EELK_Reigi_kogudus, lk 3
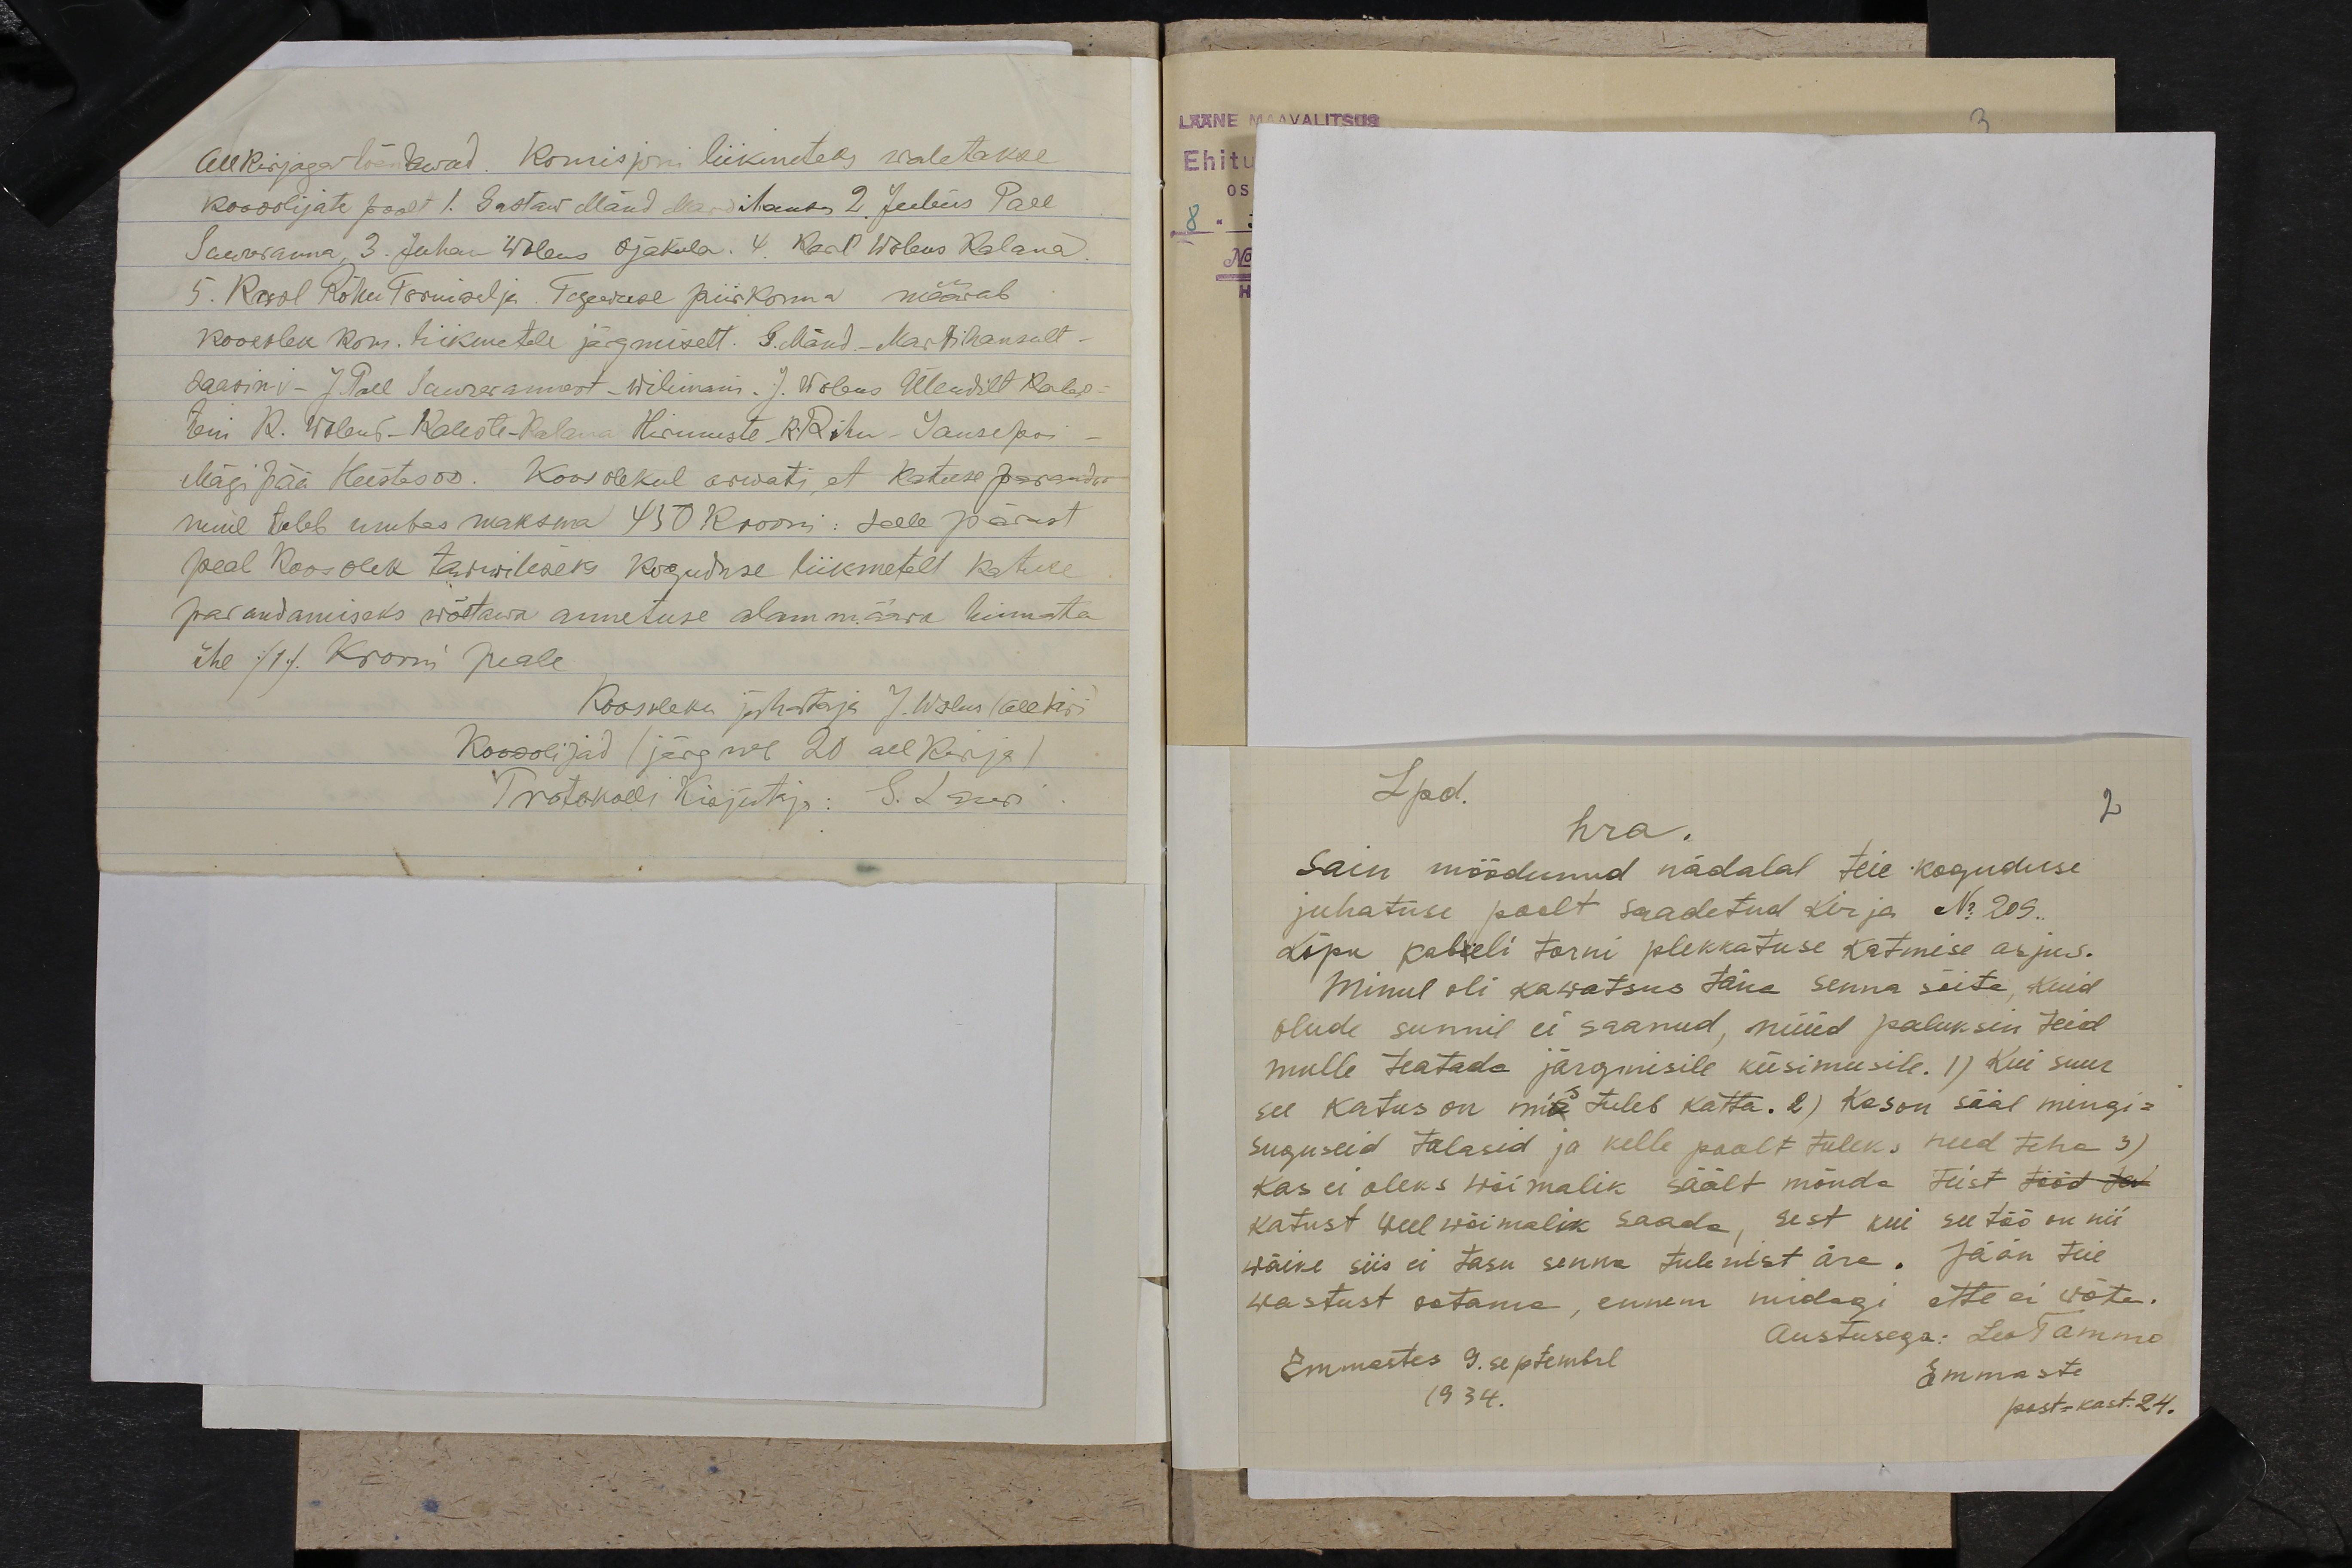
Allkirjaga lõendawad. Komisjoni liikmeteks waletakse
koosolijate poolt 1. Gustaw Mänd Mardihansu 2. Julus Pall
Suureranna, 3. Juhan Wolens Ojaküla 4. Karl Wolens Kalana
5. Raol Rõhu Tormiselja. Tegewuse piiskonna määrab
koosolek kom. liikmetele järgmiselt. S. Mänd - Martihansult.
saasin v- J. Pall Suurerannast - Wilinani. J. Wolens Ülemalt Kalge-
ani R. Wolens - Kaleste-Kalana Hirmuste, R. Rõhu - Jause poi
Mägi pää Heistasoo. Koosolekul arwati, et Katuse paranda
mine tuleb umbes maksma 450 krooni. Selle pärast
peab koosolek tarwiliseks koguduse liikmetelt katuse
parandamiseks wõetawa annetuse alammärra hinnata
ühe /1/ Krooni peale
Koosoleku juhataja J. Wolens (allkiri)
Koosolijad (järgneb 20 allkirja)
Protokolli Kirjutaja: S. Laas

Lpd.
hra.
2
Sain möödunud nädalal teie koguduse
juhatuse poolt saadetud kirja No 209.
Kõpu kabeli torni plekkatuse katmise asjus.
Minul oli kawatsus täna senna sõita, kuid
olude sunnil ei saanud, nüüd paluksin teid
mulle teatada järgmisile küsimusile. 1) Kui suur
see katus on mis tuleb katta. 2) Kason sääl mingi-
suguseid talased ja kelle poolt tuleks need teha 3)
Kas ei oleks wõimalik säält mõnda teist
katust weel wõimalik saada, sest kui see töö on nii-
wäike siis ei tasu senna tulemist ära. Jään teie
wastust ootama, ennem midagi ette ei wõta.
Austusega: Leo Tammo
Emmastes 9. septembrl
Emmaste
1934.
post-kast. 24.